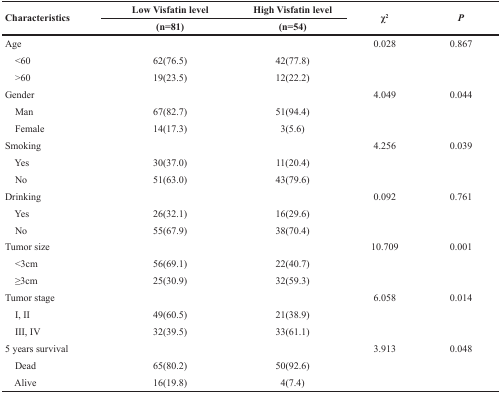
<table><thead><tr><td rowspan="2"><b>Characteristics</b></td><td><b>Low Visfatin level</b></td><td><b>High Visfatin level</b></td><td rowspan="2"><b>χ2</b></td><td rowspan="2"><b>P</b></td></tr><tr><td><b>(n=81)</b></td><td><b>(n=54)</b></td></tr></thead><tbody><tr><td>Age</td><td></td><td></td><td>0.028</td><td>0.867</td></tr><tr><td> &lt;60</td><td>62(76.5)</td><td>42(77.8)</td><td></td><td></td></tr><tr><td> &gt;60</td><td>19(23.5)</td><td>12(22.2)</td><td></td><td></td></tr><tr><td>Gender</td><td></td><td></td><td>4.049</td><td>0.044</td></tr><tr><td> Man</td><td>67(82.7)</td><td>51(94.4)</td><td></td><td></td></tr><tr><td> Female</td><td>14(17.3)</td><td>3(5.6)</td><td></td><td></td></tr><tr><td>Smoking</td><td></td><td></td><td>4.256</td><td>0.039</td></tr><tr><td> Yes</td><td>30(37.0)</td><td>11(20.4)</td><td></td><td></td></tr><tr><td> No</td><td>51(63.0)</td><td>43(79.6)</td><td></td><td></td></tr><tr><td>Drinking</td><td></td><td></td><td>0.092</td><td>0.761</td></tr><tr><td> Yes</td><td>26(32.1)</td><td>16(29.6)</td><td></td><td></td></tr><tr><td> No</td><td>55(67.9)</td><td>38(70.4)</td><td></td><td></td></tr><tr><td>Tumor size</td><td></td><td></td><td>10.709</td><td>0.001</td></tr><tr><td> &lt;3cm</td><td>56(69.1)</td><td>22(40.7)</td><td></td><td></td></tr><tr><td> ≥3cm</td><td>25(30.9)</td><td>32(59.3)</td><td></td><td></td></tr><tr><td>Tumor stage</td><td></td><td></td><td>6.058</td><td>0.014</td></tr><tr><td> I, II</td><td>49(60.5)</td><td>21(38.9)</td><td></td><td></td></tr><tr><td> III, IV</td><td>32(39.5)</td><td>33(61.1)</td><td></td><td></td></tr><tr><td>5 years survival</td><td></td><td></td><td>3.913</td><td>0.048</td></tr><tr><td> Dead</td><td>65(80.2)</td><td>50(92.6)</td><td></td><td></td></tr><tr><td> Alive</td><td>16(19.8)</td><td>4(7.4)</td><td></td><td></td></tr></tbody></table>